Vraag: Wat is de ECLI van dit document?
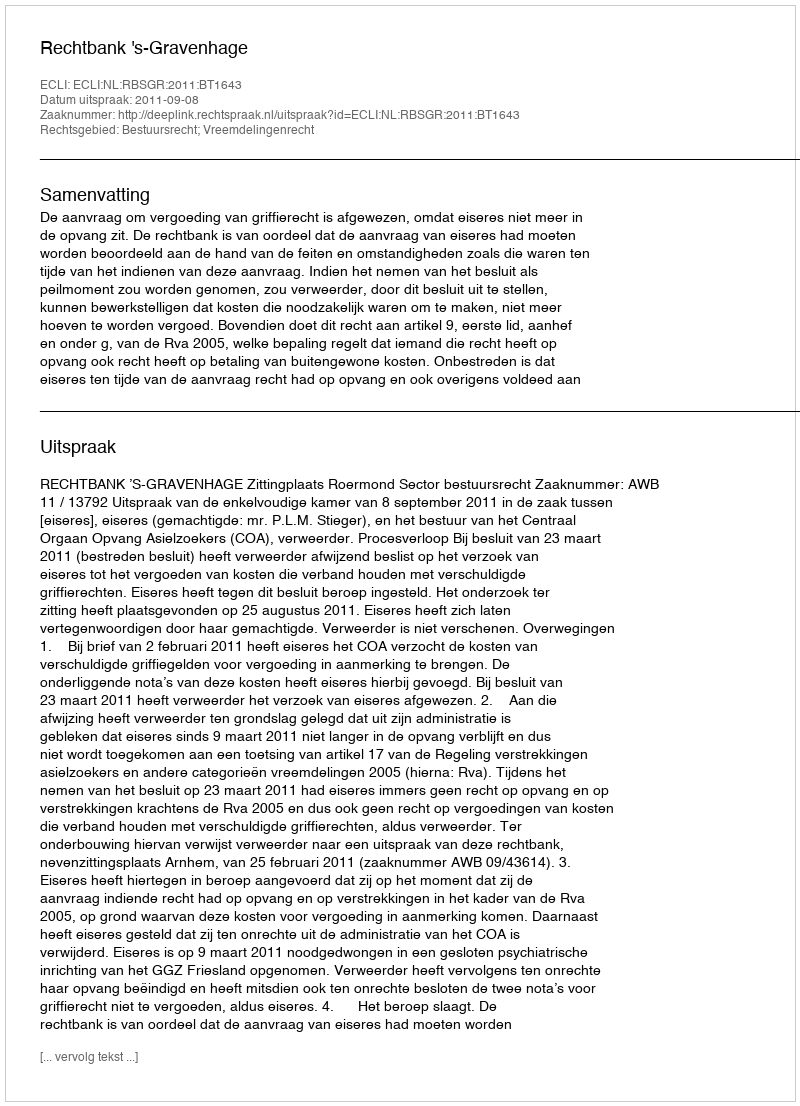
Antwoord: ECLI:NL:RBSGR:2011:BT1643